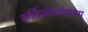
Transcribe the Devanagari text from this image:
कर्दिओम्योपथ्य